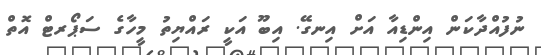
ނުފުއްދާކަން އިންޑިއާ އަށް އިނގޭ. އިބޫ އަކީ ރައްޔިތު މީހާގެ ސަޕޯރޓް އޮތް